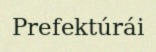
Prefektúrái